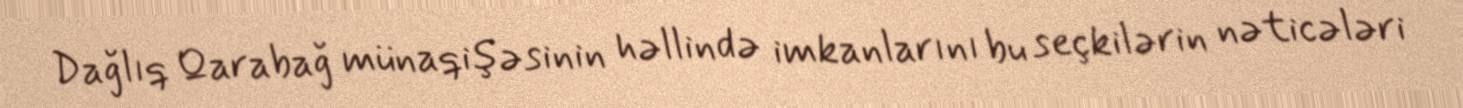
Dağlıq Qarabağ münaqişəsinin həllində imkanlarını bu seçkilərin nəticələri